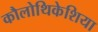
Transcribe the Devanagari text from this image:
कौलोथिकेशिया